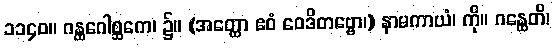
၁၁၄၀။ ဂန္ထဂေါစ္ဆကေ၊ ၌။ (အတ္ထော ဧဝံ ဝေဒိတဗ္ဗော၊) နာမကာယံ၊ ကို။ ဂန္ထေတိ၊